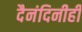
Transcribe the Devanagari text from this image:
दैनंदिनीही